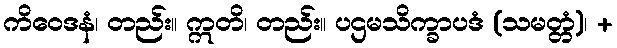
ကိဝေဒနံ၊ တည်း။ ဣတိ၊ တည်း။ ပဌမသိက္ခာပဒံ (သမတ္တံ)၊ +